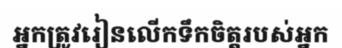
អ្នកត្រូវរៀនលើកទឹកចិត្តរបស់អ្នក